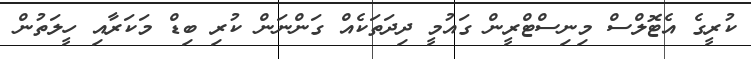
ކުރީގެ އެޓޮލްސް މިނިސްޓްރީން ގައުމީ ދިދަތަކެއް ގަންނަން ކުރި ބިޑް މަކަރާއި ހީލަތުން